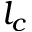
l _ { c }